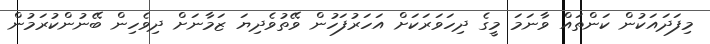
މިފަދައަކުން ކަންތައް ވާނަމަ މީގެ ދިހަވަރަކަށް އަހަރުފަހުން ވޭތުވެދިޔަ ޒަމާނަށް ދިވެހިން ބޭނުންކުރަމުން